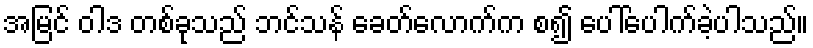
အမြင် ဝါဒ တစ်ခုသည် ဘင်သန် ခေတ်လောက်က စ၍ ပေါ်ပေါက်ခဲ့ပါသည်။